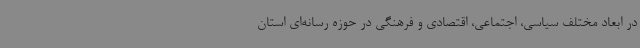
در ابعاد مختلف سیاسی، اجتماعی، اقتصادی و فرهنگی در حوزه رسانه‌ای استان